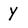
Character: Y